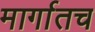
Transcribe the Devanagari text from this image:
मार्गातच